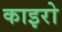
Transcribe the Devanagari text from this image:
काइरो